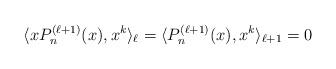
LaTeX: \begin{align*}\langle xP_n^{(\ell+1)}(x),x^k\rangle_\ell=\langle P_n^{(\ell+1)}(x),x^k\rangle_{\ell+1}=0\end{align*}